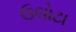
ઉલોટા